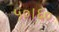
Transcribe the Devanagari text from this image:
५०।६०